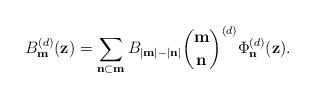
LaTeX: \begin{align*}B_{\mathbf{m}}^{(d)}(\mathbf{z}) = \sum_{\mathbf{n}\subset \mathbf{m}} B_{|\mathbf{m}|-|\mathbf{n}|} \binom{\mathbf{m}}{\mathbf{n}}^{(d)} \Phi _{\mathbf{n}}^{(d)}(\mathbf{z}).\end{align*}